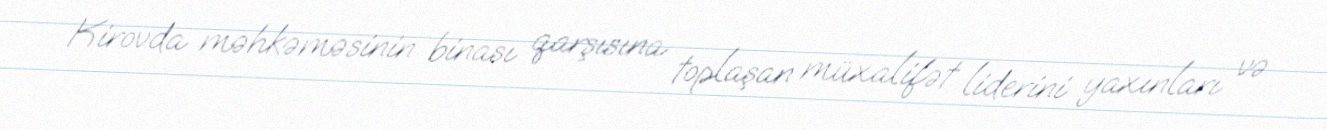
Kirovda məhkəməsinin binası qarşısına toplaşan müxalifət liderini yaxınları və